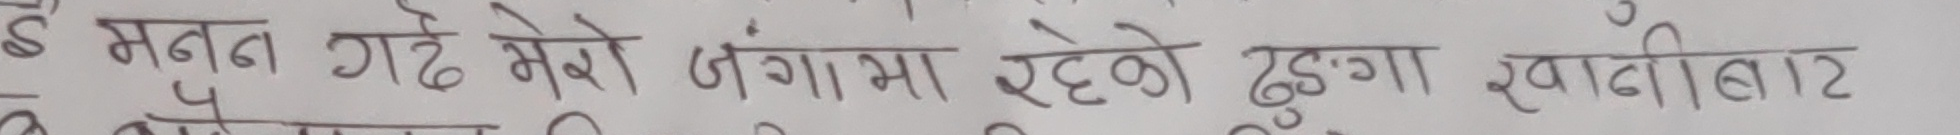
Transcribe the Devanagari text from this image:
म मन गढे मेरो बुंगामा रहेको ढुंगा खादीबाट